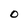
Character: O